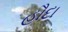
હૌદા